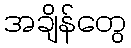
အချိန်တွေ